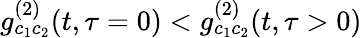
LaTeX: g_{c_{1}c_{2}}^{(2)}(t,\tau=0)<g_{c_{1}c_{2}}^{(2)}(t,\tau>0)